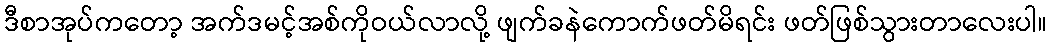
ဒီစာအုပ်ကတော့ အက်ဒမင့်အစ်ကိုဝယ်လာလို့ ဖျက်ခနဲကောက်ဖတ်မိရင်း ဖတ်ဖြစ်သွားတာလေးပါ။